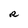
Character: R